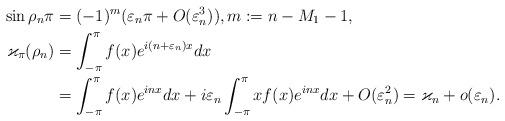
LaTeX: \begin{align*}\sin\rho_n \pi & = (-1)^m(\varepsilon_n \pi + O(\varepsilon_n^3)), m := n - M_1 - 1, \\\varkappa_\pi(\rho_n) & = \int_{-\pi}^{\pi} f(x) e^{i(n+\varepsilon_n)x} dx \\ & = \int_{-\pi}^{\pi} f(x)e^{inx} dx + i\varepsilon_n \int_{-\pi}^{\pi} xf(x)e^{inx} dx + O(\varepsilon_n^2) = \varkappa_n + o(\varepsilon_n).\end{align*}